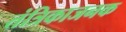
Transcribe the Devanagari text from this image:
तंत्रिकाजनक